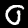
Label: 0